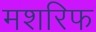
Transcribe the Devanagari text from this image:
मशरिफ